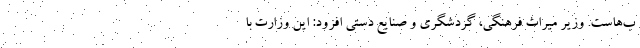
ب‌هاست. وزیر میراث فرهنگی، گردشگری و صنایع دستی افزود: این وزارت با